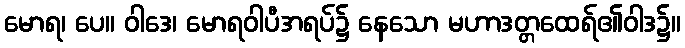
မောရ၊ ပေ။ ဝါဒေ၊ မောရဝါပီအရပ်၌ နေသော မဟာဒတ္တထေရ်၏ဝါဒ၌။